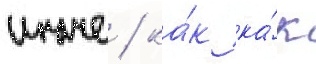
иначе / ка́к ка́к